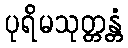
ပုရိမသုတ္တန္တံ